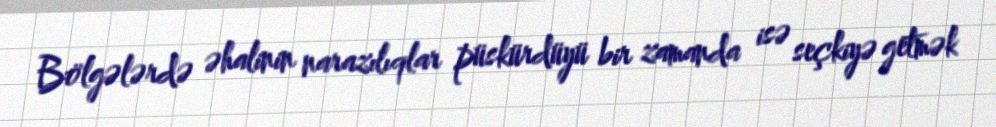
Bölgələrdə əhalinin narazılıqlar püskürdüyü bir zamanda isə seçkiyə getmək